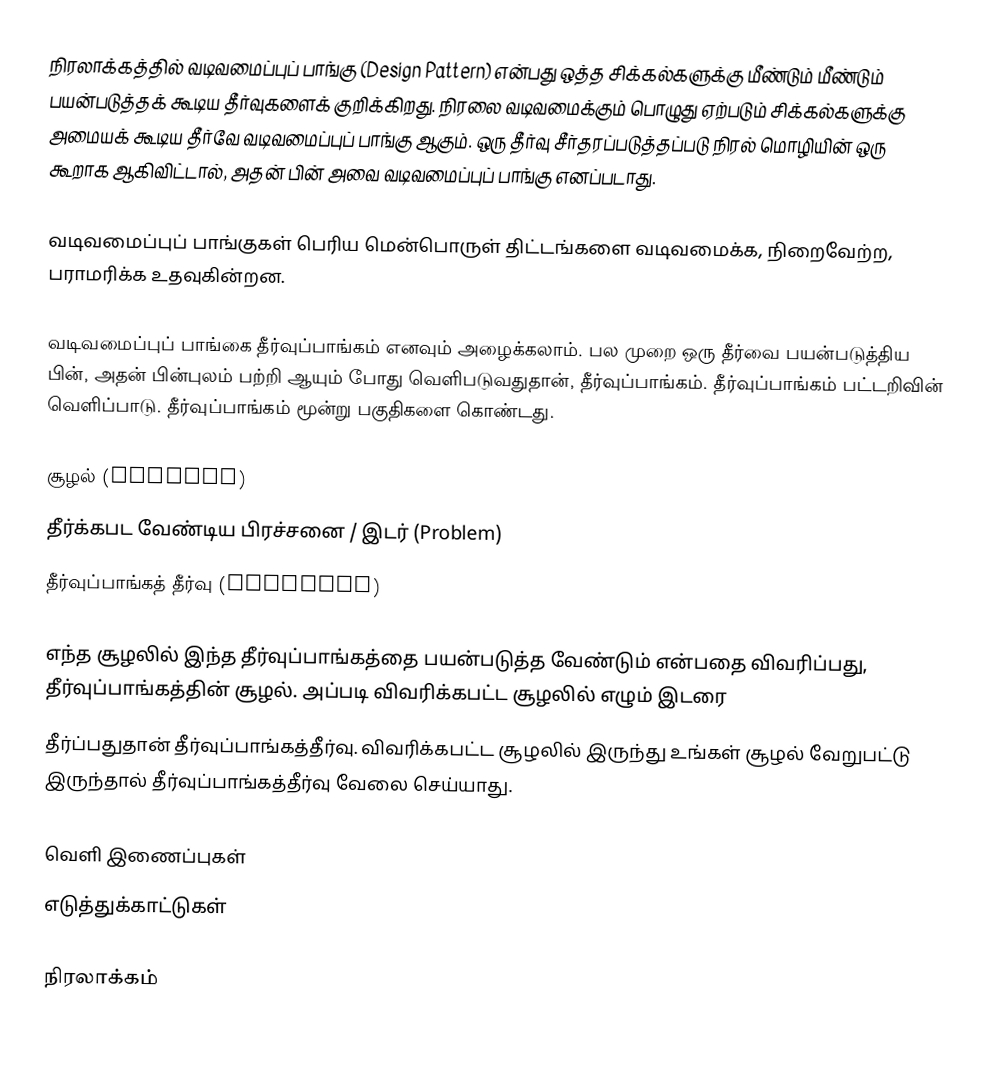
நிரலாக்கத்தில் வடிவமைப்புப் பாங்கு (Design Pattern) என்பது ஒத்த சிக்கல்களுக்கு மீண்டும் மீண்டும் பயன்படுத்தக் கூடிய தீர்வுகளைக் குறிக்கிறது. நிரலை வடிவமைக்கும் பொழுது ஏற்படும் சிக்கல்களுக்கு அமையக் கூடிய தீர்வே வடிவமைப்புப் பாங்கு ஆகும். ஒரு தீர்வு சீர்தரப்படுத்தப்படு நிரல் மொழியின் ஒரு கூறாக ஆகிவிட்டால், அதன் பின் அவை வடிவமைப்புப் பாங்கு எனப்படாது.

வடிவமைப்புப் பாங்குகள் பெரிய மென்பொருள் திட்டங்களை வடிவமைக்க, நிறைவேற்ற, பராமரிக்க உதவுகின்றன.

வடிவமைப்புப் பாங்கை தீர்வுப்பாங்கம் எனவும் அழைக்கலாம். பல முறை ஒரு தீர்வை பயன்படுத்திய பின், அதன் பின்புலம் பற்றி ஆயும் போது வெளிபடுவதுதான்,  தீர்வுப்பாங்கம். தீர்வுப்பாங்கம் பட்டறிவின் வெளிப்பாடு.  தீர்வுப்பாங்கம் மூன்று பகுதிகளை கொண்டது.

 சூழல் (Context)
 தீர்க்கபட வேண்டிய பிரச்சனை / இடர் (Problem)
 தீர்வுப்பாங்கத் தீர்வு (Solution)

எந்த சூழலில் இந்த  தீர்வுப்பாங்கத்தை  பயன்படுத்த வேண்டும் என்பதை விவரிப்பது, தீர்வுப்பாங்கத்தின் சூழல். அப்படி விவரிக்கபட்ட சூழலில் எழும் இடரை
தீர்ப்பதுதான் தீர்வுப்பாங்கத்தீர்வு. விவரிக்கபட்ட சூழலில் இருந்து உங்கள் சூழல் வேறுபட்டு இருந்தால் தீர்வுப்பாங்கத்தீர்வு வேலை செய்யாது.

வெளி இணைப்புகள்
 எடுத்துக்காட்டுகள்

நிரலாக்கம்